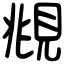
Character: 覜